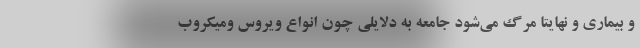
و بیماری و نهایتا مرگ می‌شود جامعه به دلایلی چون انواع ویروس ومیکروب